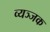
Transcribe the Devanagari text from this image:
व्यञ्जक